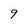
Character: 9